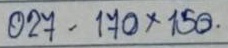
027 - 170x150